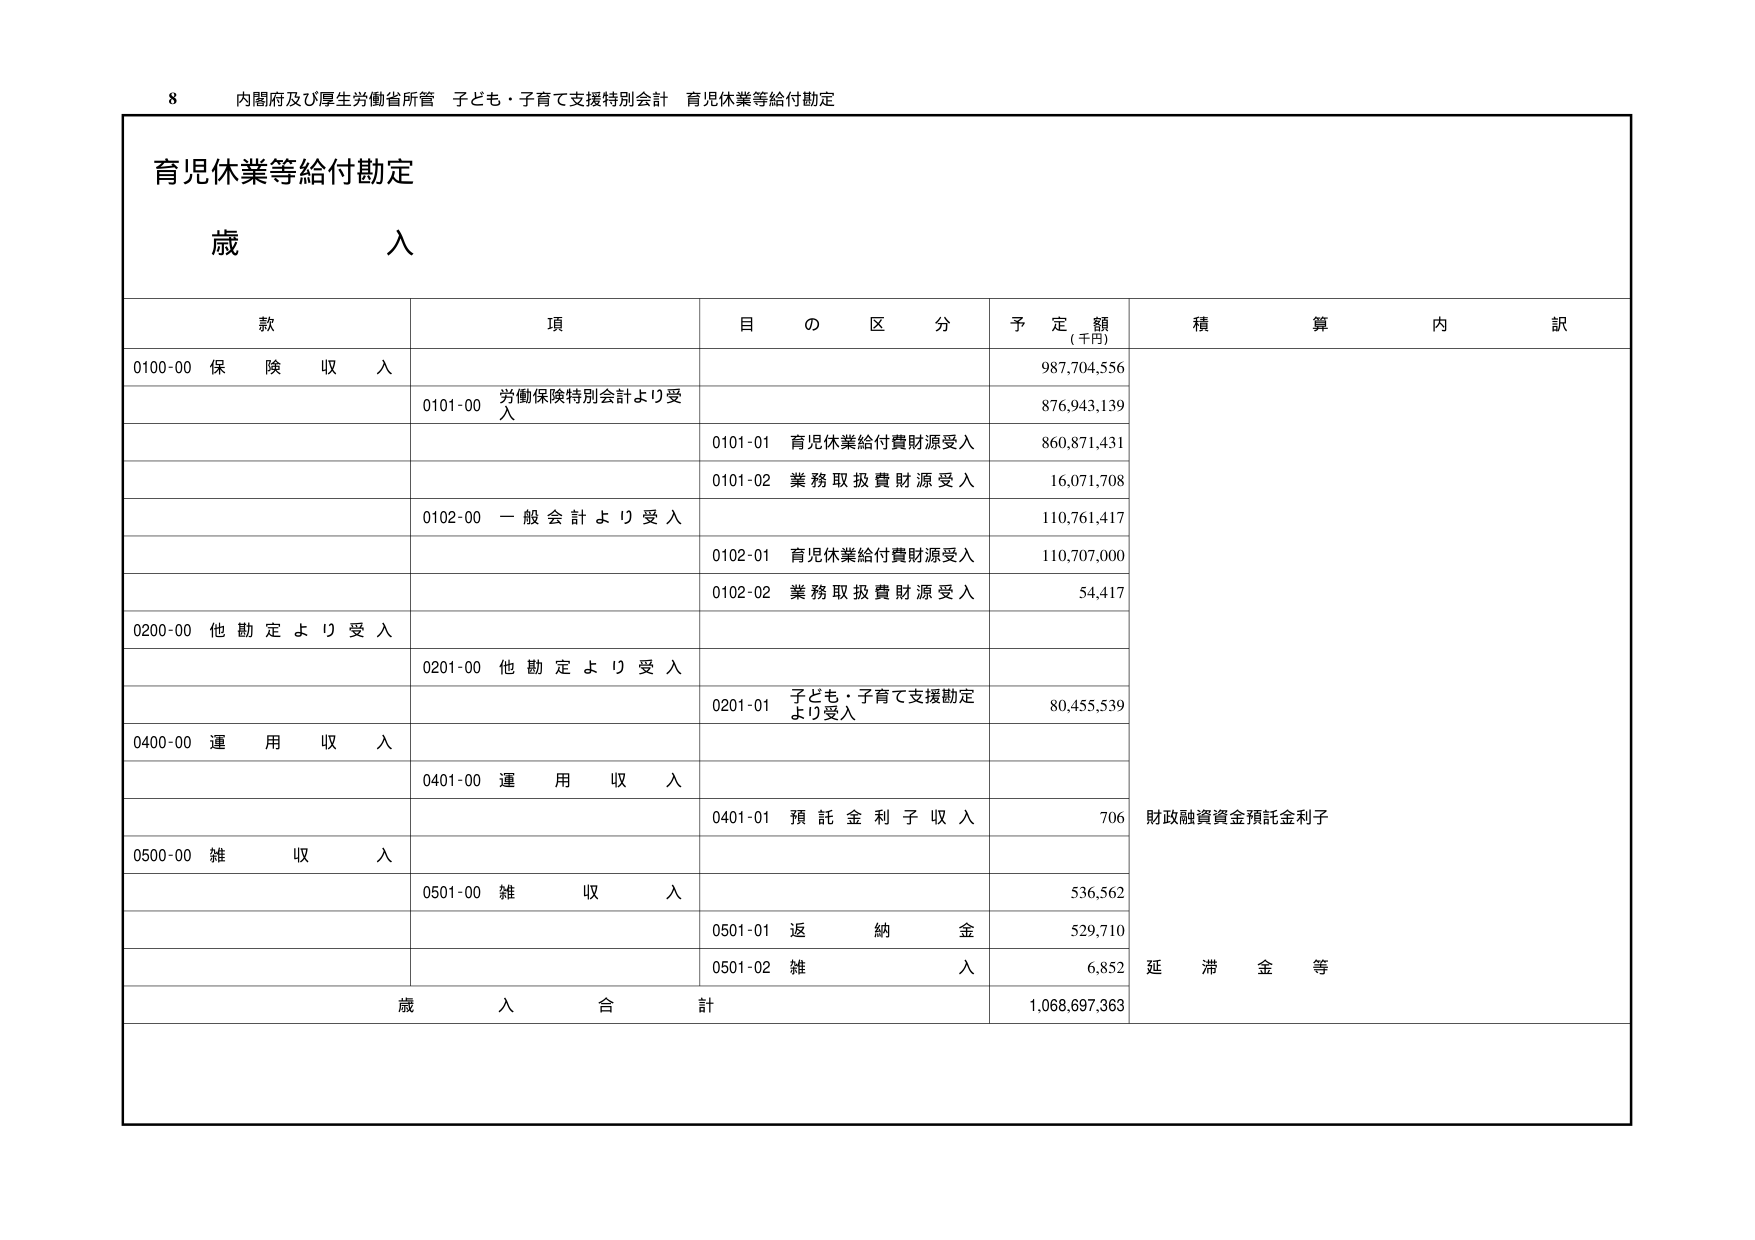
8 内閣府及び厚生労働省所管 子ども・子育て支援特別会計 育児休業等給付勘定

育児休業等給付勘定

歳 入

款 項 目 の 区 分 予 定 額 (千円) 積 算 内 訳

0100-00 保 険 収 入 987,704,556

0101-00 労働保険特別会計より受 入 876,943,139

0101-01 育児休業給付費財源受入 860,871,431

0101-02 業務取扱費財源受入 16,071,708

0102-00 一般会計より受入 110,761,417

0102-01 育児休業給付費財源受入 110,707,000

0102-02 業務取扱費財源受入 54,417

0200-00 他勘定より受入

0201-00 他勘定より受入

0201-01 子ども・子育て支援勘定 より受入 80,455,539

0400-00 運 用 収 入

0401-00 運 用 収 入

0401-01 預託金利子収入 706 財政融資資金預託金利子

0500-00 雑 収 入

0501-00 雑 収 入 536,562

0501-01 返 納 金 529,710

0501-02 雑 入 6,852 延 滞 金 等

歳 入 合 計 1,068,697,363